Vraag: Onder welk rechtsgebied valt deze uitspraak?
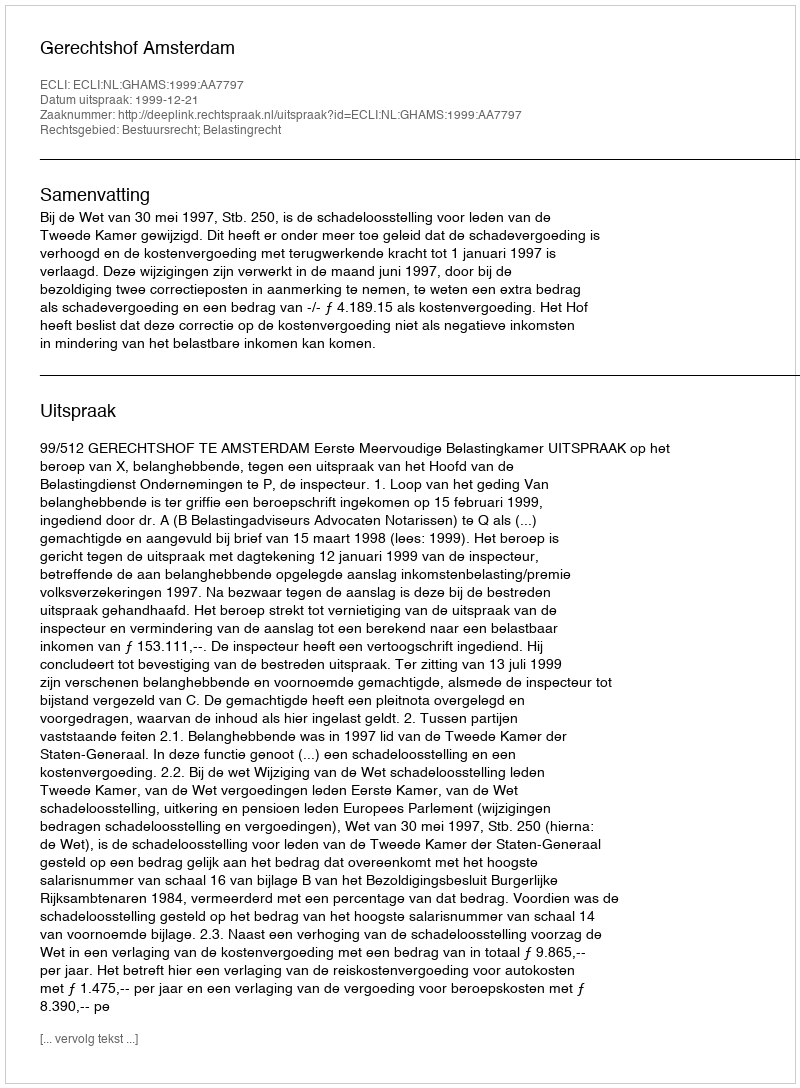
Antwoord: Bestuursrecht; Belastingrecht